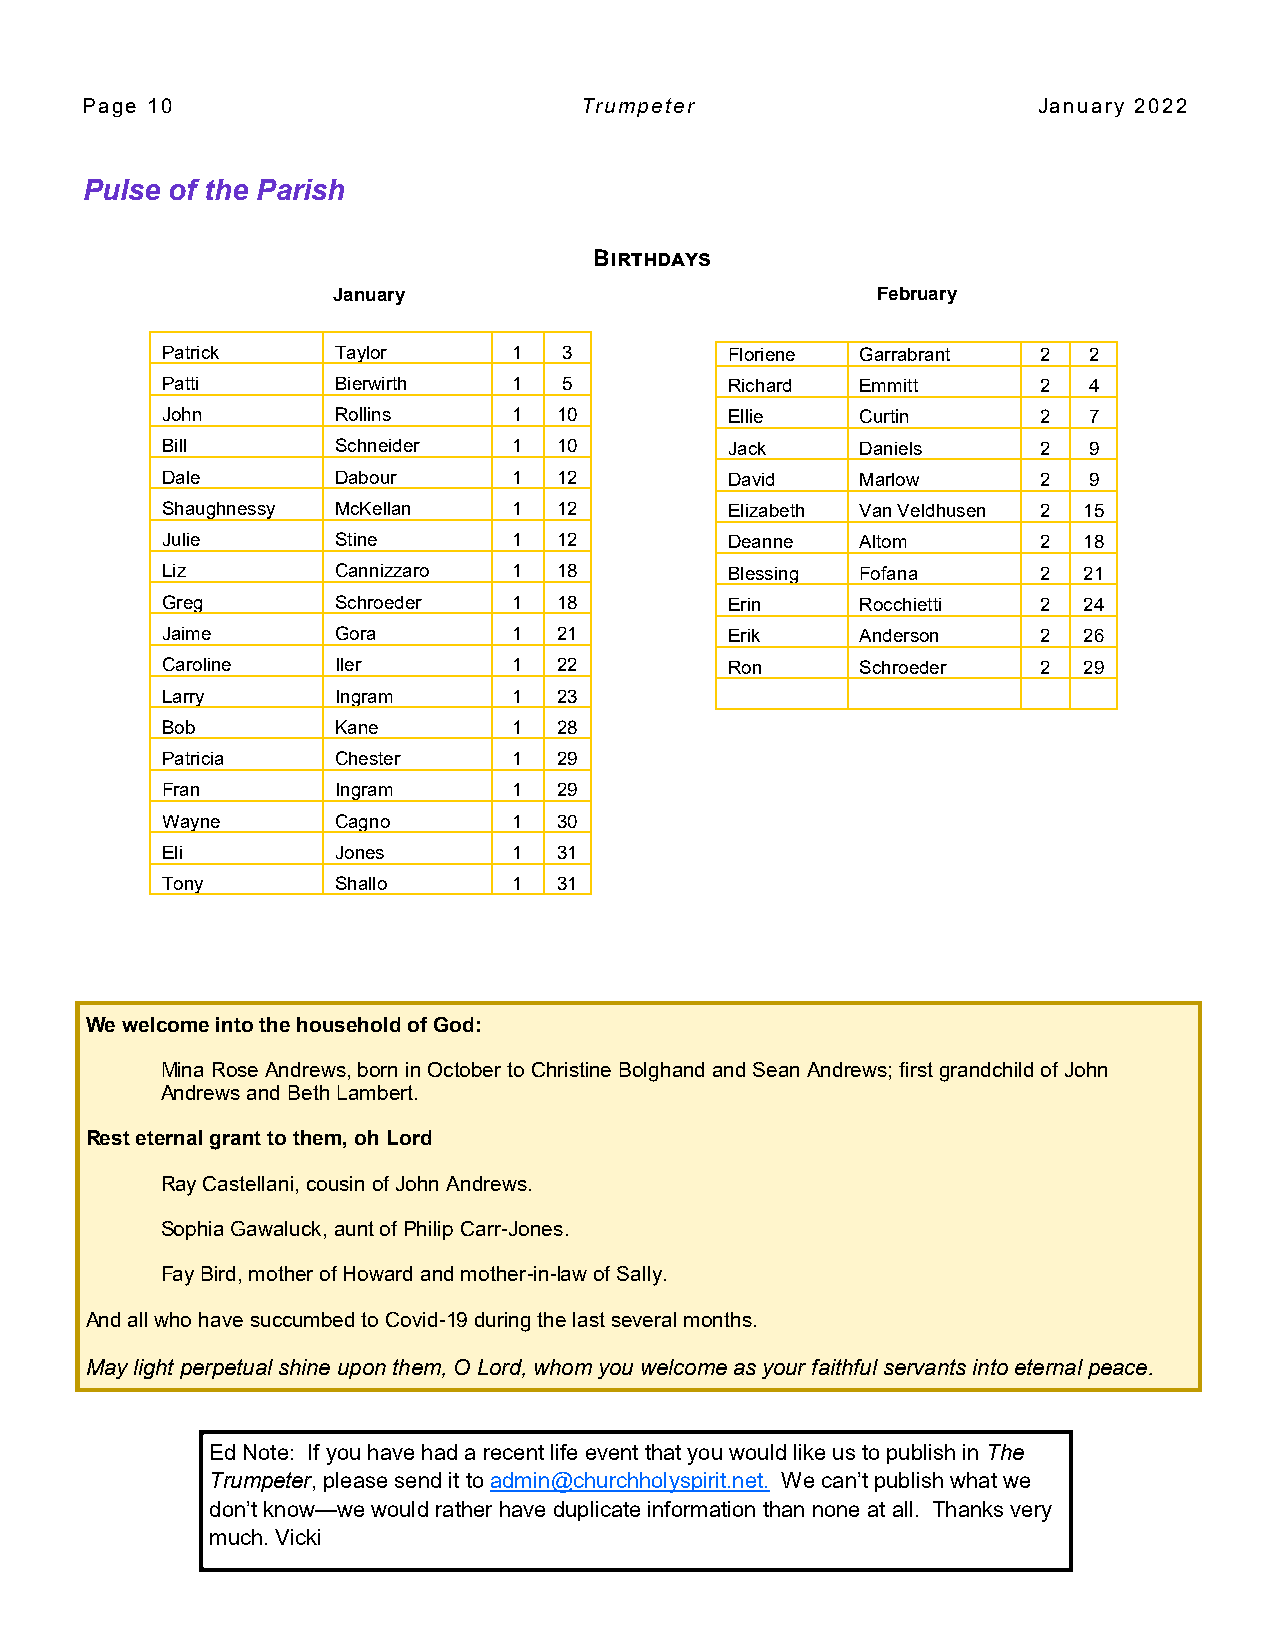
Page 10                          Trumpeter                      January 2022
 Pulse of the Parish
 Birthdays
 January                             February
 Patrick    Taylor      1  3          Floriene Garrabrant  2  2
 Patti      Bierwirth   1  5          Richard  Emmitt      2  4
 John       Rollins     1  10         Ellie    Curtin      2  7
 Bill       Schneider   1  10         Jack     Daniels     2  9
 Dale       Dabour      1  12         David    Marlow      2  9
 Shaughnessy McKellan   1  12         Elizabeth Van Veldhusen 2 15
 Julie      Stine       1  12         Deanne   Altom       2  18
 Liz        Cannizzaro  1  18         Blessing Fofana      2  21
 Greg       Schroeder   1  18         Erin     Rocchietti  2  24
 Jaime      Gora        1  21         Erik     Anderson    2  26
 Caroline   Iler        1  22         Ron      Schroeder   2  29
 Larry      Ingram      1  23
 Bob        Kane        1  28
 Patricia   Chester     1  29
 Fran       Ingram      1  29
 Wayne      Cagno       1  30
 Eli        Jones       1  31
 Tony       Shallo      1  31
 We welcome into the household of God:
 Mina Rose Andrews, born in October to Christine Bolghand and Sean Andrews; first grandchild of John
 Andrews and Beth Lambert.
 Rest eternal grant to them, oh Lord
 Ray Castellani, cousin of John Andrews.
 Sophia Gawaluck, aunt of Philip Carr-Jones.
 Fay Bird, mother of Howard and mother-in-law of Sally.
 And all who have succumbed to Covid-19 during the last several months.
 May light perpetual shine upon them, O Lord, whom you welcome as your faithful servants into eternal peace.
 Ed Note: If you have had a recent life event that you would like us to publish in The
 Trumpeter, please send it to admin@churchholyspirit.net. We can’t publish what we
 don’t know—we would rather have duplicate information than none at all. Thanks very
 much. Vicki